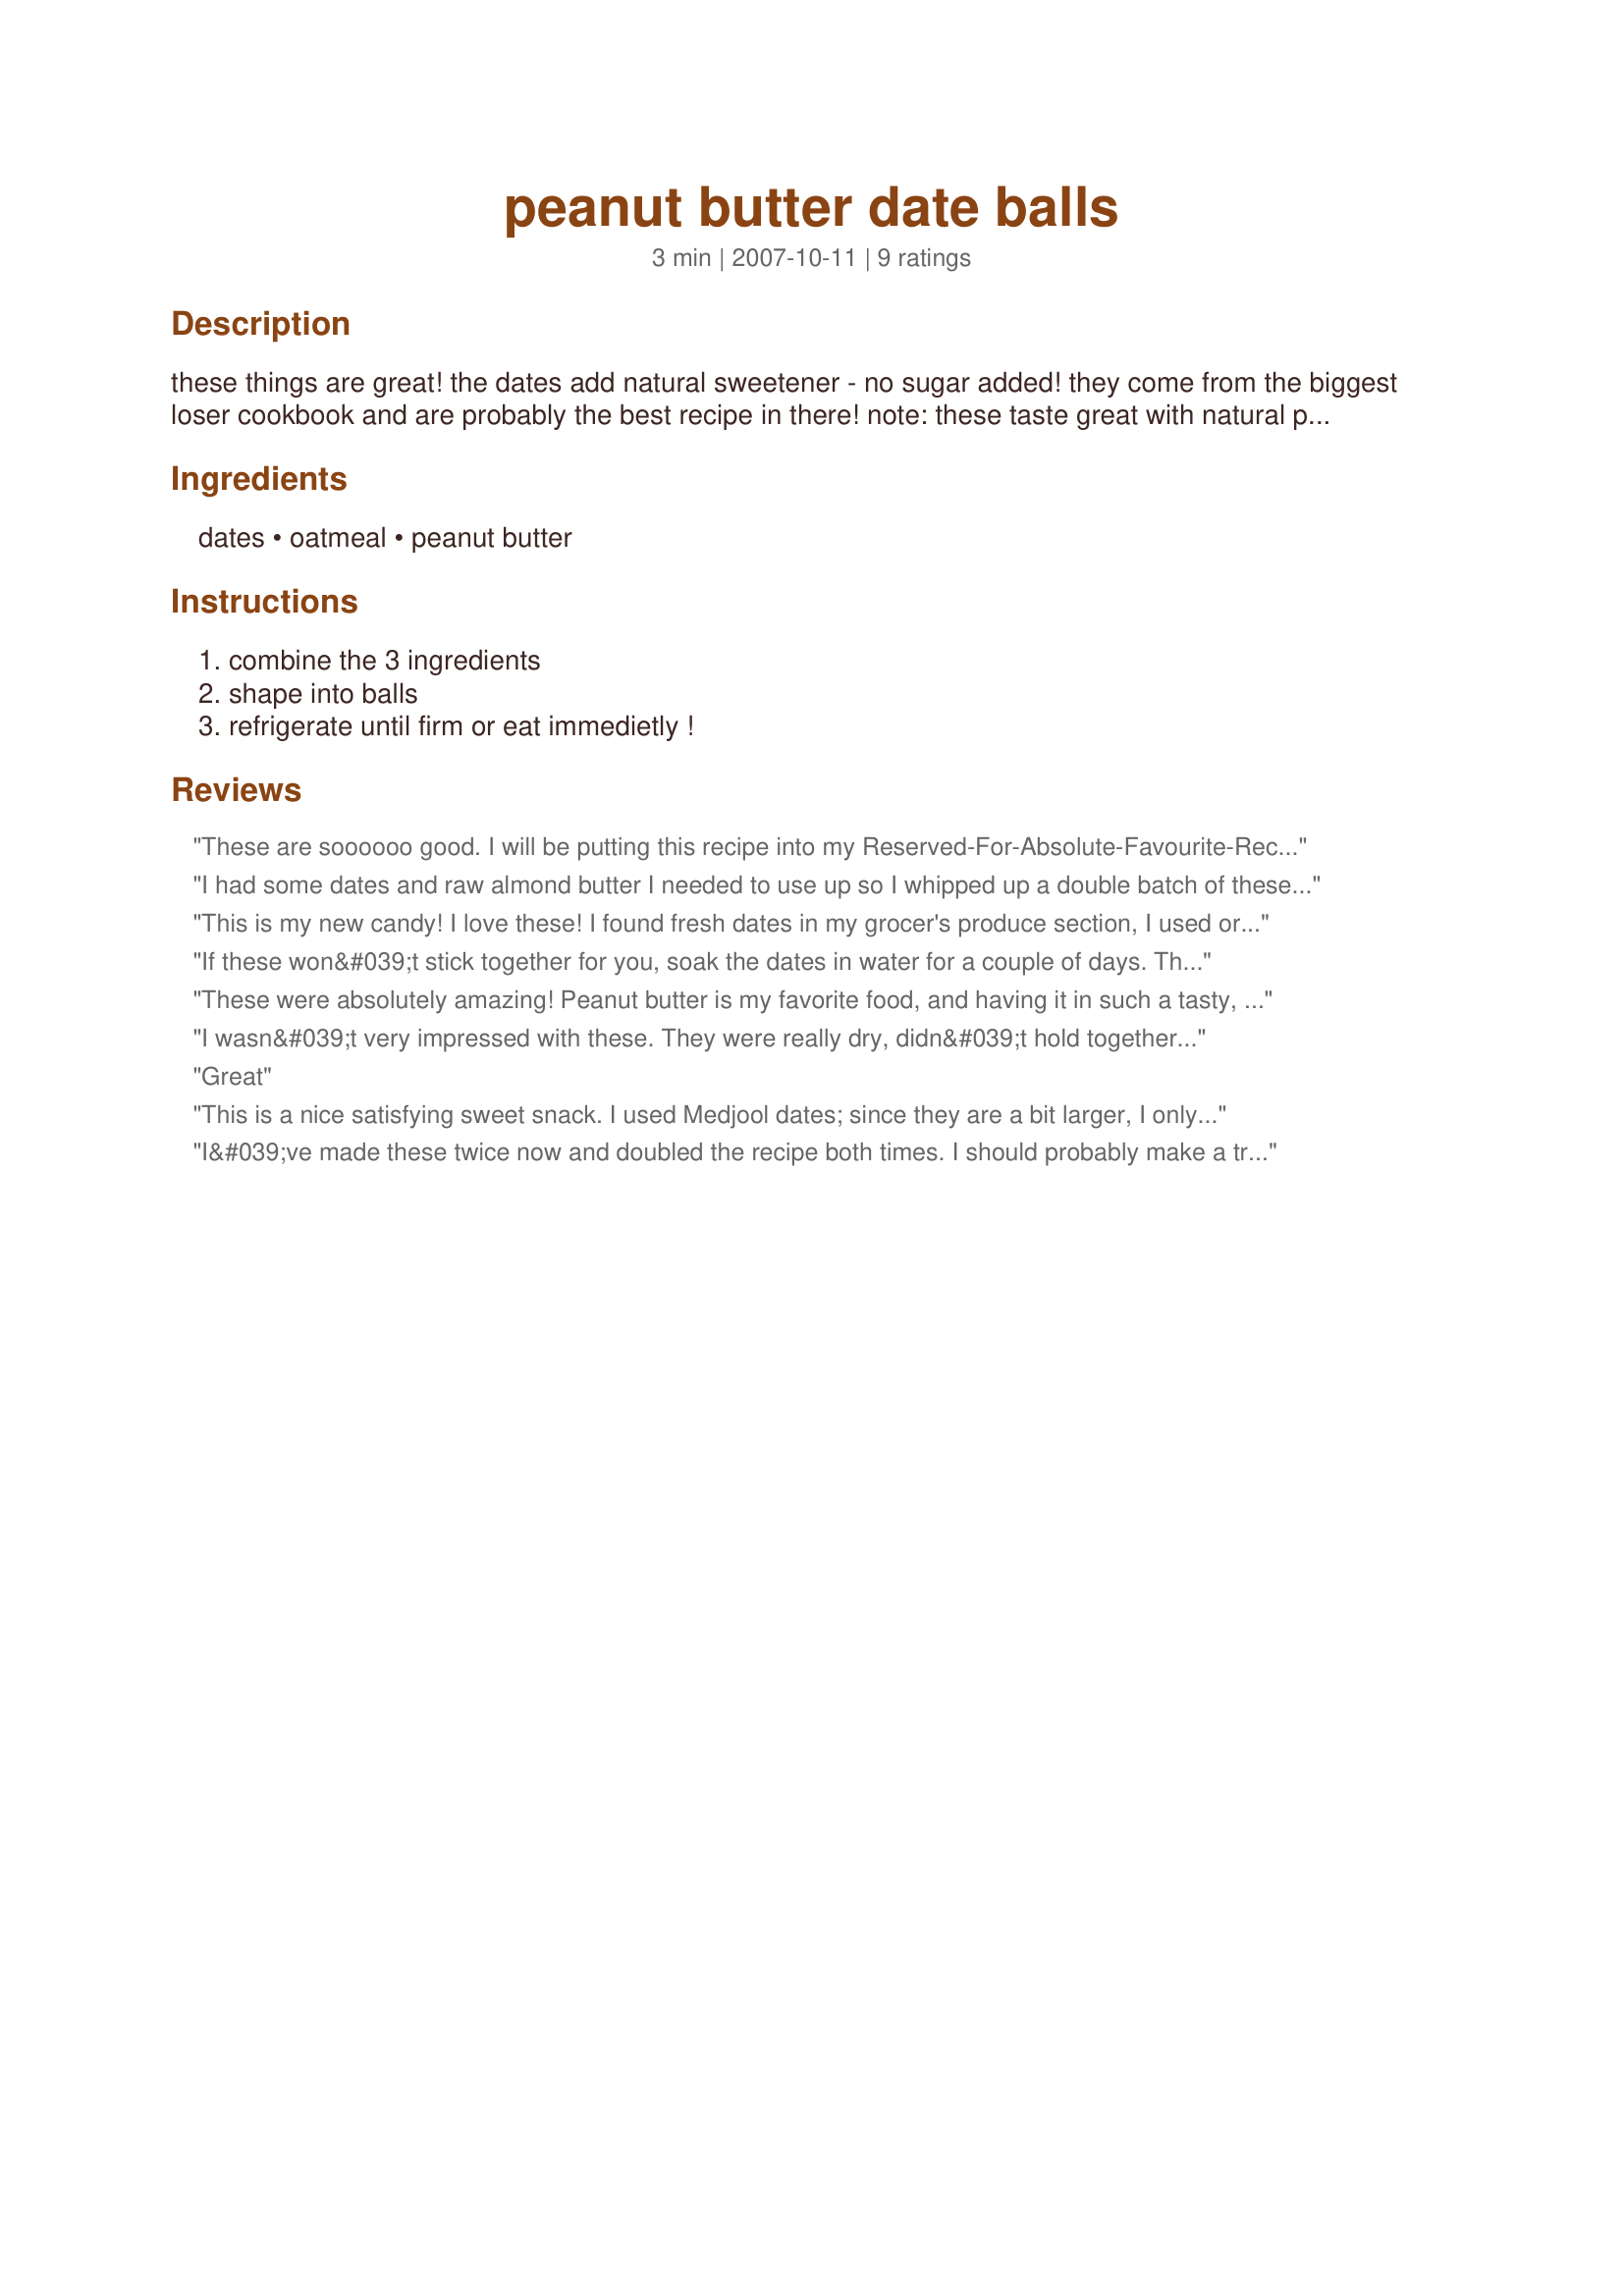
peanut butter date balls
Preparation time: 3 minutes

these things are great! the dates add natural sweetener - no sugar added! they come from the biggest loser cookbook and are probably the best recipe in there! note: these taste great with natural peanut butter, which avoids having sugar added because of the sugar added to regular peanut butter.

Ingredients:
dates, oatmeal, peanut butter

Steps:
combine the 3 ingredients, shape into balls, refrigerate until firm or eat immedietly !

Reviews:
These are soooooo good. I will be putting this recipe into my Reserved-For-Absolute-Favourite-Recipes-to-Make-Over-And-Over-Only Cookbook ASAP!!<br/><br/>They were great as written, but even better with a 1/4c of chopped pecans added. Mmmmm. Must stop reviewing and go get another one...
I had some dates and raw almond butter I needed to use up so I whipped up a double batch of these on a whim. I added some flax seed meal and cocoa powder and came out with over 30 bite sized balls! Very tasty. I am eager to see what my three year old thinks of these when she wakes from her nap. :) Thanks for posting!
This is my new candy! I love these! I found fresh dates in my grocer's produce section, I used organic oatmeal (one pouch for instant oatmeal happens to be 1/3 cup!), and took your suggestion on the natural peanut butter -- yummy! Thank you Indiana State Fair Girl! You may want to consider inserting a step where you actually form the 4 balls -- just a suggestion!
If these won&#039;t stick together for you, soak the dates in water for a couple of days. They get very soft, and they&#039;re easier to mix and shape. I mixed the dates with coconut and Honey Bunches of Oats cereal. They were great!
These were absolutely amazing! Peanut butter is my favorite food, and having it in such a tasty, healthy snack is perfect. These were easy to create and guaranteed to made again. Thanks.
I wasn&#039;t very impressed with these. They were really dry, didn&#039;t hold together very easily and the peanut butter overpowered the taste of the dates so they may as well have just been peanut butter and oatmeal balls. I was looking for a more date-y flavour.
Great
This is a nice satisfying sweet snack. I used Medjool dates; since they are a bit larger, I only used 6. I wasn't sure what kind of oatmeal to use so I used quick oats. I made six balls. Thanks for posting. Made for Healthy Choices ABC game.
I&#039;ve made these twice now and doubled the recipe both times. I should probably make a triple or quadruple batch next time, given how much my kids love them. I put everything in a food processor and add 2-3 Tbsp. water (when doubling) and some unsweetened coconut. They hold together just fine for me.
